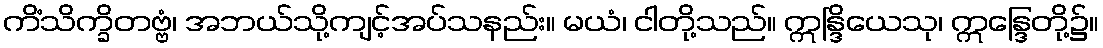
ကိံသိက္ခိတဗ္ဗံ၊ အဘယ်သို့ကျင့်အပ်သနည်း။ မယံ၊ ငါတို့သည်။ ဣန္ဒြိယေသု၊ ဣန္ဒြေတို့၌။